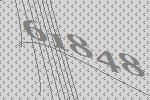
61848